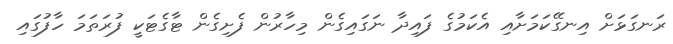
ރަނގަޅަށް އިނގޭކަމަށާއި އެކަމުގެ ފައިދާ ނަގައިގެން މިހާރުން ފެށިގެން ޓާގެޓަކީ ފުރަތަމަ ހާފުގައި